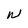
Character: W